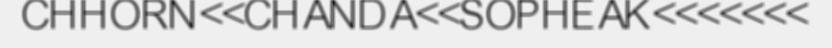
CHHORN<<CHANDA<<SOPHEAK<<<<<<<